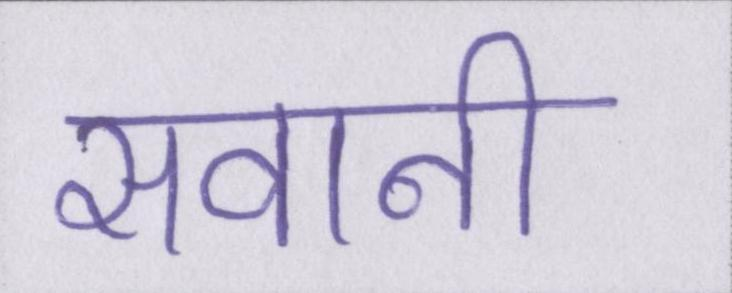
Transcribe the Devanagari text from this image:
सवानी